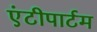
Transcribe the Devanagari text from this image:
एंटीपार्टम